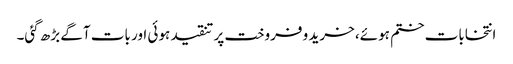
انتخابات ختم ہوئے، خرید و فروخت پر تنقید ہوئی اور بات آگے بڑھ گئی۔